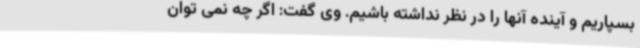
بسپاریم و آینده آنها را در نظر نداشته باشیم. وی گفت: اگر چه نمی توان